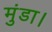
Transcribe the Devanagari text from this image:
मुंडा।